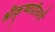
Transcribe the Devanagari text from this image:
श्रीकृष्णप्रीत्यर्थे